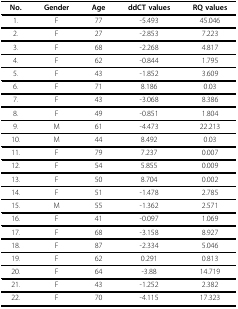
| No. | Gender | Age | ddCT values | RQ values |
 | --- | --- | --- | --- | --- |
 | 1. | F | 77 | -5.493 | 45.046 |
 | 2. | F | 27 | -2.853 | 7.223 |
 | 3. | F | 68 | -2.268 | 4.817 |
 | 4. | F | 62 | -0.844 | 1.795 |
 | 5. | F | 43 | -1.852 | 3.609 |
 | 6. | F | 71 | 8.186 | 0.03 |
 | 7. | F | 43 | -3.068 | 8.386 |
 | 8. | F | 49 | -0.851 | 1.804 |
 | 9. | M | 61 | -4.473 | 22.213 |
 | 10. | M | 44 | 8.492 | 0.03 |
 | 11. | F | 79 | 7.237 | 0.007 |
 | 12. | F | 54 | 5.855 | 0.009 |
 | 13. | F | 50 | 8.704 | 0.002 |
 | 14. | F | 51 | -1.478 | 2.785 |
 | 15. | M | 55 | -1.362 | 2.571 |
 | 16. | F | 41 | -0.097 | 1.069 |
 | 17. | F | 68 | -3.158 | 8.927 |
 | 18. | F | 87 | -2.334 | 5.046 |
 | 19. | F | 62 | 0.291 | 0.813 |
 | 20. | F | 64 | -3.88 | 14.719 |
 | 21. | F | 43 | -1.252 | 2.382 |
 | 22. | F | 70 | -4.115 | 17.323 |